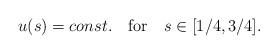
LaTeX: \begin{align*} u(s)=const. \mbox{ \ \ for \ \ } s\in [1/4,3/4].\end{align*}